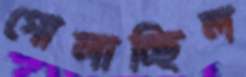
গোলাচ্ছিল